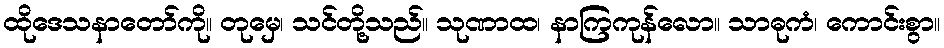
ထိုဒေသနာတော်ကို။ တုမှေ၊ သင်တို့သည်။ သုဏာထ၊ နာကြကုန်လော။ သာဓုကံ၊ ကောင်းစွာ။